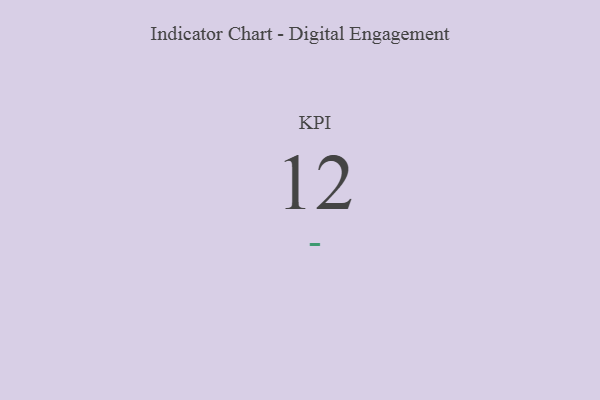
{"axis": {"x": "KPI", "y": "Value"}, "legend": [""], "data": [{"x": "KPI", "y": 12, "type": ""}]}